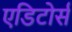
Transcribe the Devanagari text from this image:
एडिटोर्स